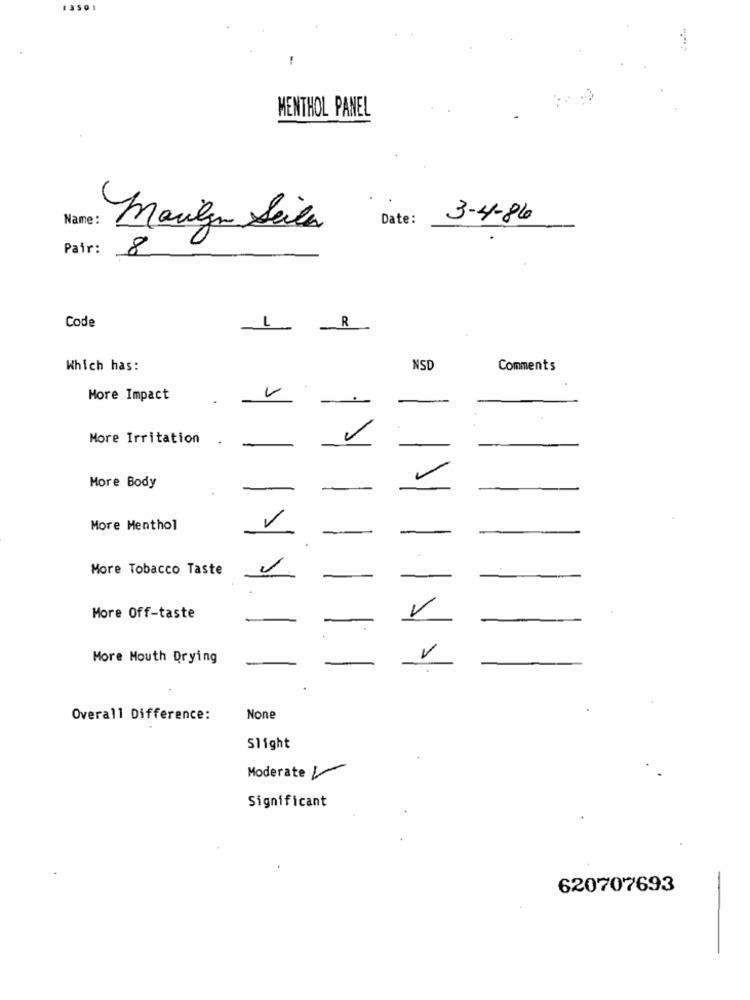
13501
MENTHOL PANEL
Date:
3-4-86
marilyn Seile
Pair:
8
Code
1
-
R
Which has:
NSD
Comments
More Impact
More Irritation
-
More Body
--
More Menthol
.
-
More Tobacco Taste
--
More Off-taste
More Mouth Drying
-
Overall Difference:
Slight
Moderate V
Significant
620707693